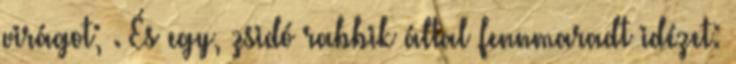
virágot; . És egy, zsidó rabbik által fennmaradt idézet: